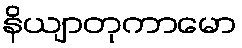
နိယျာတုကာမော